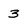
Character: 3